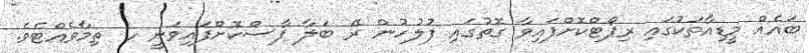
ބައެއް މީޑިއާތަކުގައި ރިޕޯޓްކޮށްފައިވާ ގޮތުގައި ފުލުހުން ރޭ ބަލާ ފާސްކޮށްފައިވަނީ ހ. ތިމާވެއްޓެވެ.